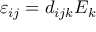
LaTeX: \varepsilon _ { i j } = d _ { i j k } E _ { k }